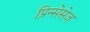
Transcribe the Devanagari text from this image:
प्रिन्सेसेज